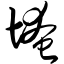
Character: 埯